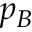
p _ { B }